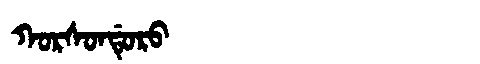
Manchu: ᡴᠣᡵᠰᠣᠨᡩᡠᡵᠣ
Romanization: KORSONDURO